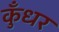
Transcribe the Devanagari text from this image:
कुँधर